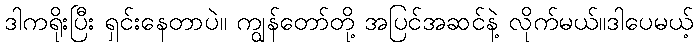
ဒါကရိုးပြီး ရှင်းနေတာပဲ။ ကျွန်တော်တို့ အပြင်အဆင်နဲ့ လိုက်မယ်။ဒါပေမယ့်